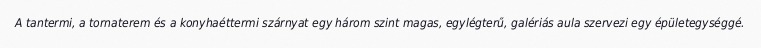
A tantermi, a tornaterem és a konyhaéttermi szárnyat egy három szint magas, egylégterű, galériás aula szervezi egy épületegységgé.